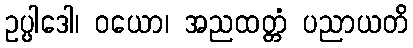
ဥပ္ပါဒေါ၊ ဝယော၊ အညထတ္တံ ပညာယတိ